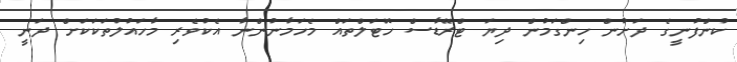
ކުންފުނީގެ ދަށުން ހިންގަމުން ދިޔަ ޓްރޭޑާސް ހޮޓަލްތައް މެހަމާނުންނާ އެކުވެރި މާހައުލުތަކަކަށް ދަނީ